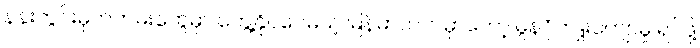
နန်းတွင်းမှတ်တမ်းတွေမှာ တွေ့နိုင်ပေမယ့် မြန်မာဘက်မှာတော့ မွန်ဂိုကျူးကျော်မှု ရပ်ဖို့